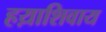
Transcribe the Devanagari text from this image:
हय़ाशिवाय